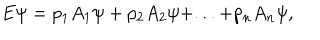
E \psi = p _ { 1 } A _ { 1 } \psi + p _ { 2 } A _ { 2 } \psi + . . . + p _ { n } A _ { n } \psi ,